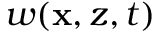
w ( \mathbf { x } , z , t )